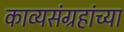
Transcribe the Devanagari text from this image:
काव्यसंग्रहांच्या